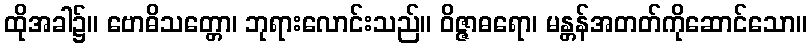
ထိုအခါ၌။ ဗောဓိသတ္တော၊ ဘုရားလောင်းသည်။ ဝိဇ္ဇာဓရော၊ မန္တန်အတတ်ကိုဆောင်သော။